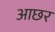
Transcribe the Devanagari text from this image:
आछर